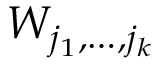
W _ { j _ { 1 } , \dots , j _ { k } }